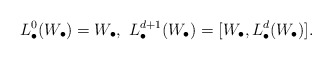
\begin{align*}L^0_{\bullet}(W_{\bullet})=W_{\bullet}, \ L^{d+1}_{\bullet}(W_{\bullet})=[W_{\bullet}, L^d_{\bullet}(W_{\bullet})].\end{align*}